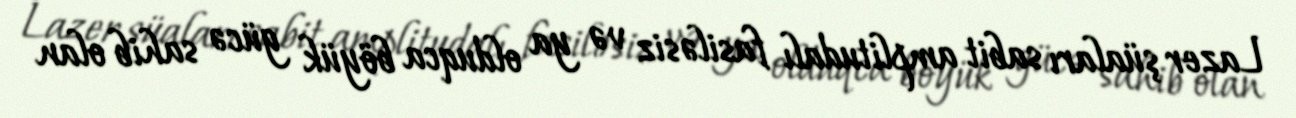
Lazer şüaları sabit amplitudalı fasiləsiz və ya olduqca böyük gücə sahib olan